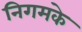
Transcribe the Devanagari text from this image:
निगमके